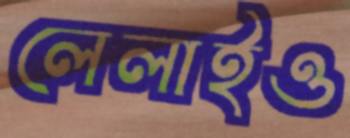
লেলাইও